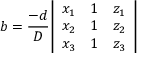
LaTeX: b = { \frac { - d } { D } } { \left| \begin{array} { l l l } { x _ { 1 } } & { 1 } & { z _ { 1 } } \\ { x _ { 2 } } & { 1 } & { z _ { 2 } } \\ { x _ { 3 } } & { 1 } & { z _ { 3 } } \end{array} \right| }